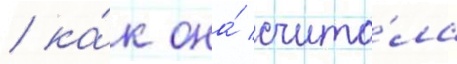
/ ка́к она́ счита́ла